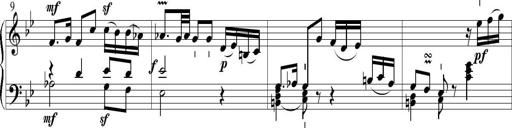
Title: 6 Leichte Sonatinen, Teil 1
Composer: F. Sigismund Sander